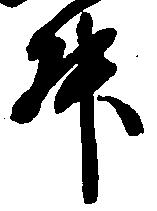
升